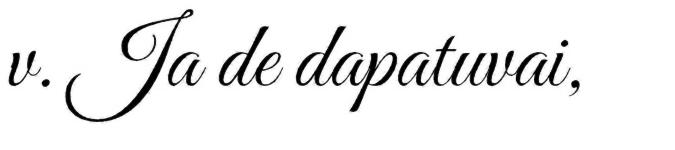
v. Ja de dapatuvai,